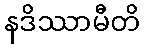
နဒိဿာမီတိ